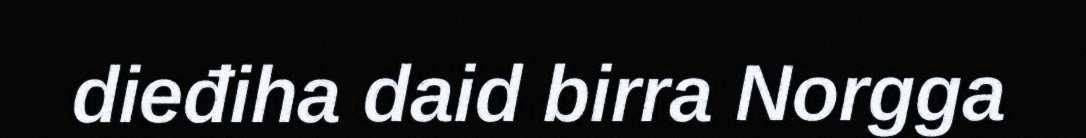
dieđiha daid birra Norgga